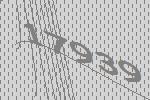
17939